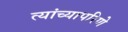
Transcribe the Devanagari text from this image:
त्यांच्यापरिणे